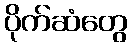
ပိုက်ဆံတွေ